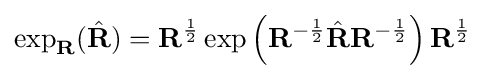
\exp _{\mathbf {R} }({\hat {\mathbf {R} }})=\mathbf {R} ^{\frac {1}{2}}\exp \left(\mathbf {R} ^{-{\frac {1}{2}}}{\hat {\mathbf {R} }}\mathbf {R} ^{-{\frac {1}{2}}}\right)\mathbf {R} ^{\frac {1}{2}}